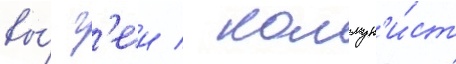
вы́ г'еи / коммун'и́ст